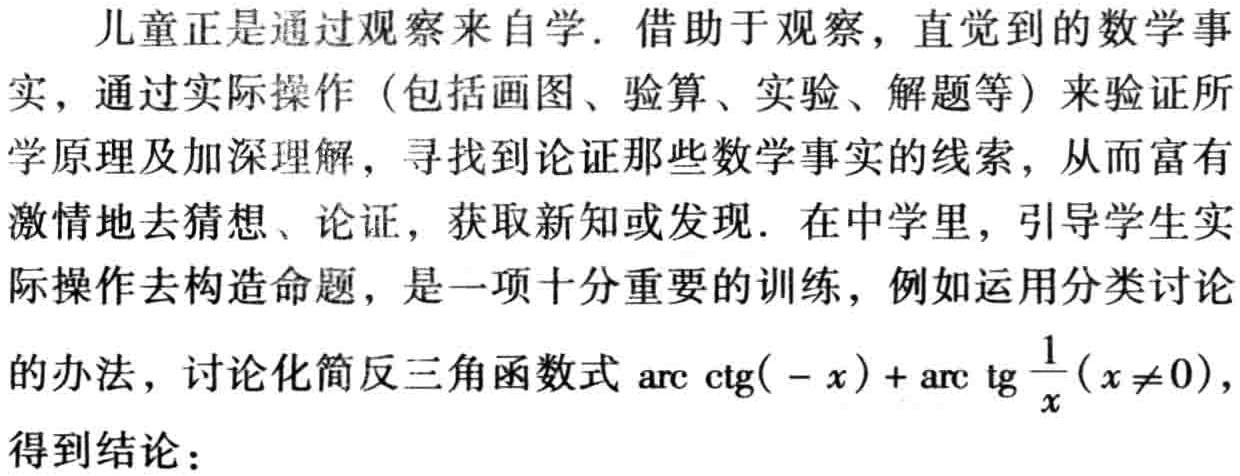
儿童正是通过观察来自学. 借助于观察, 直觉到的数学事实, 通过实际操作 (包括画图、验算、实验、解题等) 来验证所学原理及加深理解, 寻找到论证那些数学事实的线索, 从而富有激情地去猜想、论证, 获取新知或发现. 在中学里, 引导学生实际操作去构造命题, 是一项十分重要的训练, 例如运用分类讨论的办法, 讨论化简反三角函数式$\text{arc ctg}(-x)+\text{arc tg}\frac{1}{x}(x\neq0)$, 得到结论：